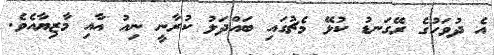
އެ ދުވަހުގެ ރޭގަނޑު ކުޅޭ މެޗުގައި ބައްދަލު ކުރާނީ ނިއު އާއި މާޒިޔާއެވެ.